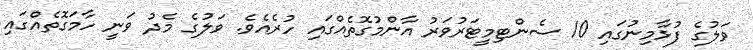
ވަލުގެ ފުޅާމިނުގައި 10 ސެންޓިމީޓަރުވަރު އާންމުގޮތެއްގައި ހުރެއެވެ. ވަލުގެ މެދު ވަނީ ހާމަގޮތެއްގައި